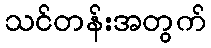
သင်တန်းအတွက်